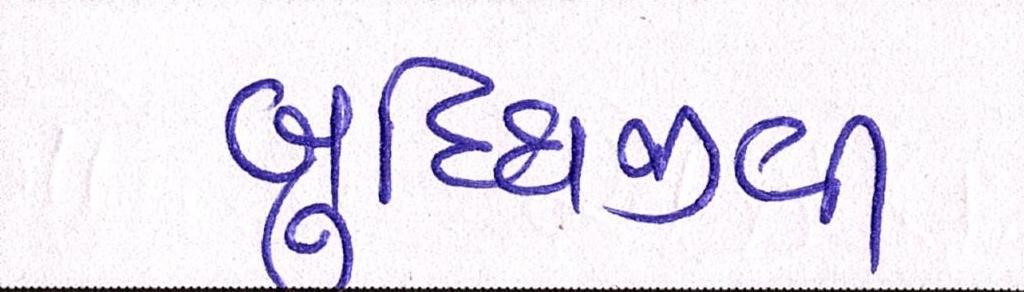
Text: બુધ્ધિજીવી